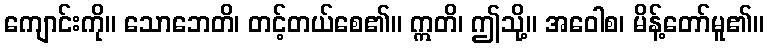
ကျောင်းကို။ သောဘေတိ၊ တင့်တယ်စေ၏။ ဣတိ၊ ဤသို့။ အဝေါစ၊ မိန့်တော်မူ၏။